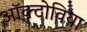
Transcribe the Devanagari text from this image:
ऑक्टोविया